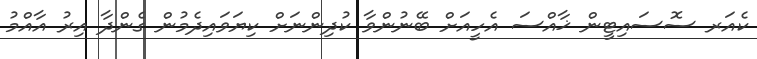
ކެއަރ ސޮސައިޓީން ޚާއްސަ އެހީއަށް ބޭނުންވާ ކުދިންނަށް ކިޔަވައިދެމުން ގެންދާ އިރު އާއްމު